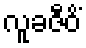
လူခဇီဝိံ